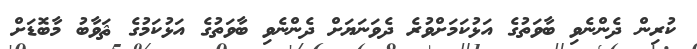
ކުރިން ދެންނެވި ބާވަތުގެ އަޅުކަމަށްވުރެ ދެވަނަޔަށް ދެންނެވި ބާވަތުގެ އަޅުކަމުގެ ޘަވާބު މާބޮޑަށް